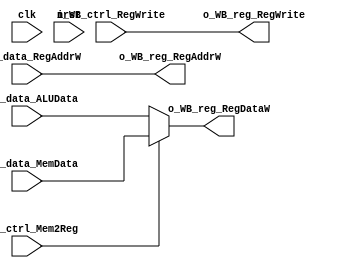
module WB(
	/* --- global --- */
	input	wire	clk,
	input	wire	nrst,
	/* --- input --- */
	input	wire			i_WB_ctrl_Mem2Reg,
	input	wire			i_WB_ctrl_RegWrite,
	input	wire	[4:0]	i_WB_data_RegAddrW,
	input	wire	[31:0]	i_WB_data_MemData,
	input	wire	[31:0]	i_WB_data_ALUData,
	/* --- output --- */
	output	wire	[4:0]	o_WB_reg_RegAddrW,
	output	wire	[31:0]	o_WB_reg_RegDataW,
	output	wire			o_WB_reg_RegWrite
);

	/* Output Assignment Begin */
    assign o_WB_reg_RegAddrW = i_WB_data_RegAddrW;
    assign o_WB_reg_RegDataW = 
        i_WB_ctrl_Mem2Reg ? i_WB_data_MemData : i_WB_data_ALUData;
    assign o_WB_reg_RegWrite = i_WB_ctrl_RegWrite;    
	/* Output Assignment End */

endmodule